Plague in India, 1896, 1897 - Volume 1
Year: 1896
Disease focus: Plague
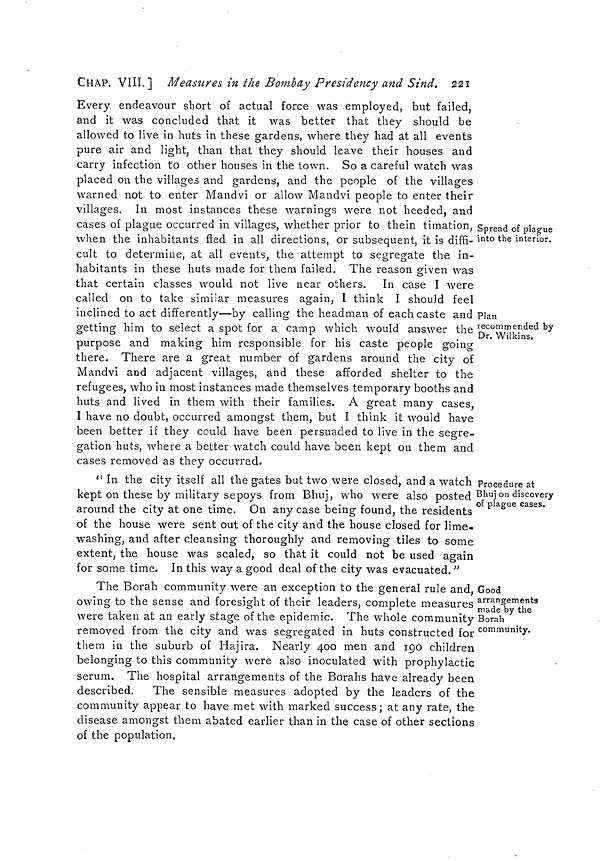
CHAP. VIII.] Measures in the Bombay Presidency and Sind. 221
Spread of plague
into the interior.
Plan
recommended by
Dr. Wilkins.
Every endeavour short of actual force was employed, but failed,
and it was concluded that it was better that they should be
allowed to live in huts in these gardens, where they had at all events
pure air and light, than that they should leave their houses and
carry infection to other houses in the town. So a careful watch was
placed on the villages and gardens, and the people of the villages
warned not to enter Mandvi or allow Mandvi people to enter their
villages. In most instances these warnings were not heeded, and
cases of plague occurred in villages, whether prior to thein timation,
when the inhabitants fled in all directions, or subsequent, it is diffi-
cult to determine, at all events, the attempt to segregate the in-
habitants in these huts made for them failed. The reason given was
that certain classes would not live near others. In case I were
called on to take similar measures again, I think I should feel
inclined to act differently—by calling the headman of each caste and
getting him to select a spot for a camp which would answer the
purpose and making him responsible for his caste people going
there. There are a great number of gardens around the city of
Mandvi and adjacent villages, and these afforded shelter to the
refugees, who in most instances made themselves temporary booths and
huts and lived in them with their families. A great many cases,
I have no doubt, occurred amongst them, but I think it would have
been better if they could have been persuaded to live in the segre-
gation huts, where a better watch could have been kept on them and
cases removed as they occurred.
Procedure at
Bhuj on discovery
of plague cases.
" In the city itself all the gates but two were closed, and a watch
kept on these by military sepoys from Bhuj, who were also posted
around the city at one time. On any case being found, the residents
of the house were sent out of the city and the house closed for lime-
washing, and after cleansing thoroughly and removing tiles to some
extent, the house was sealed, so that it could not be used again
for some time. In this way a good deal of the city was evacuated."
Good
arrangements
made by the
Borah
community.
The Borah community were an exception to the general rule and,
owing to the sense and foresight of their leaders, complete measures
were taken at an early stage of the epidemic. The whole community
removed from the city and was segregated in huts constructed for
them in the suburb of Hajira. Nearly 400 men and 190 children
belonging to this community were also inoculated with prophylactic
serum. The hospital arrangements of the Borahs have already been
described. The sensible measures adopted by the leaders of the
community appear to have met with marked success; at any rate, the
disease amongst them abated earlier than in the case of other sections
of the population.